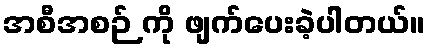
အစီအစဉ် ကို ဖျက်ပေးခဲ့ပါတယ်။